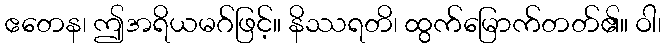
ဧတေန၊ ဤအရိယမဂ်ဖြင့်။ နိဿရတိ၊ ထွက်မြောက်တတ်၏။ ဝါ၊